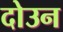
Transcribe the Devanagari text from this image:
दोउन